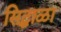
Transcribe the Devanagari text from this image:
सिद्धाळा